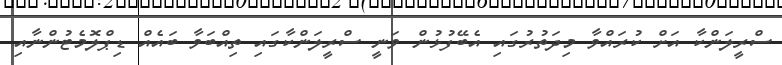
ސްރީލަންކާ އަށް ކުރައްވާ މިދަތުރުގައި އެބޭފުޅުން ވަނީ ސްރީލަންކާގައި ތިއްބަވާ ބައެއް ޑިޕްލޮމެޓުންނާއި